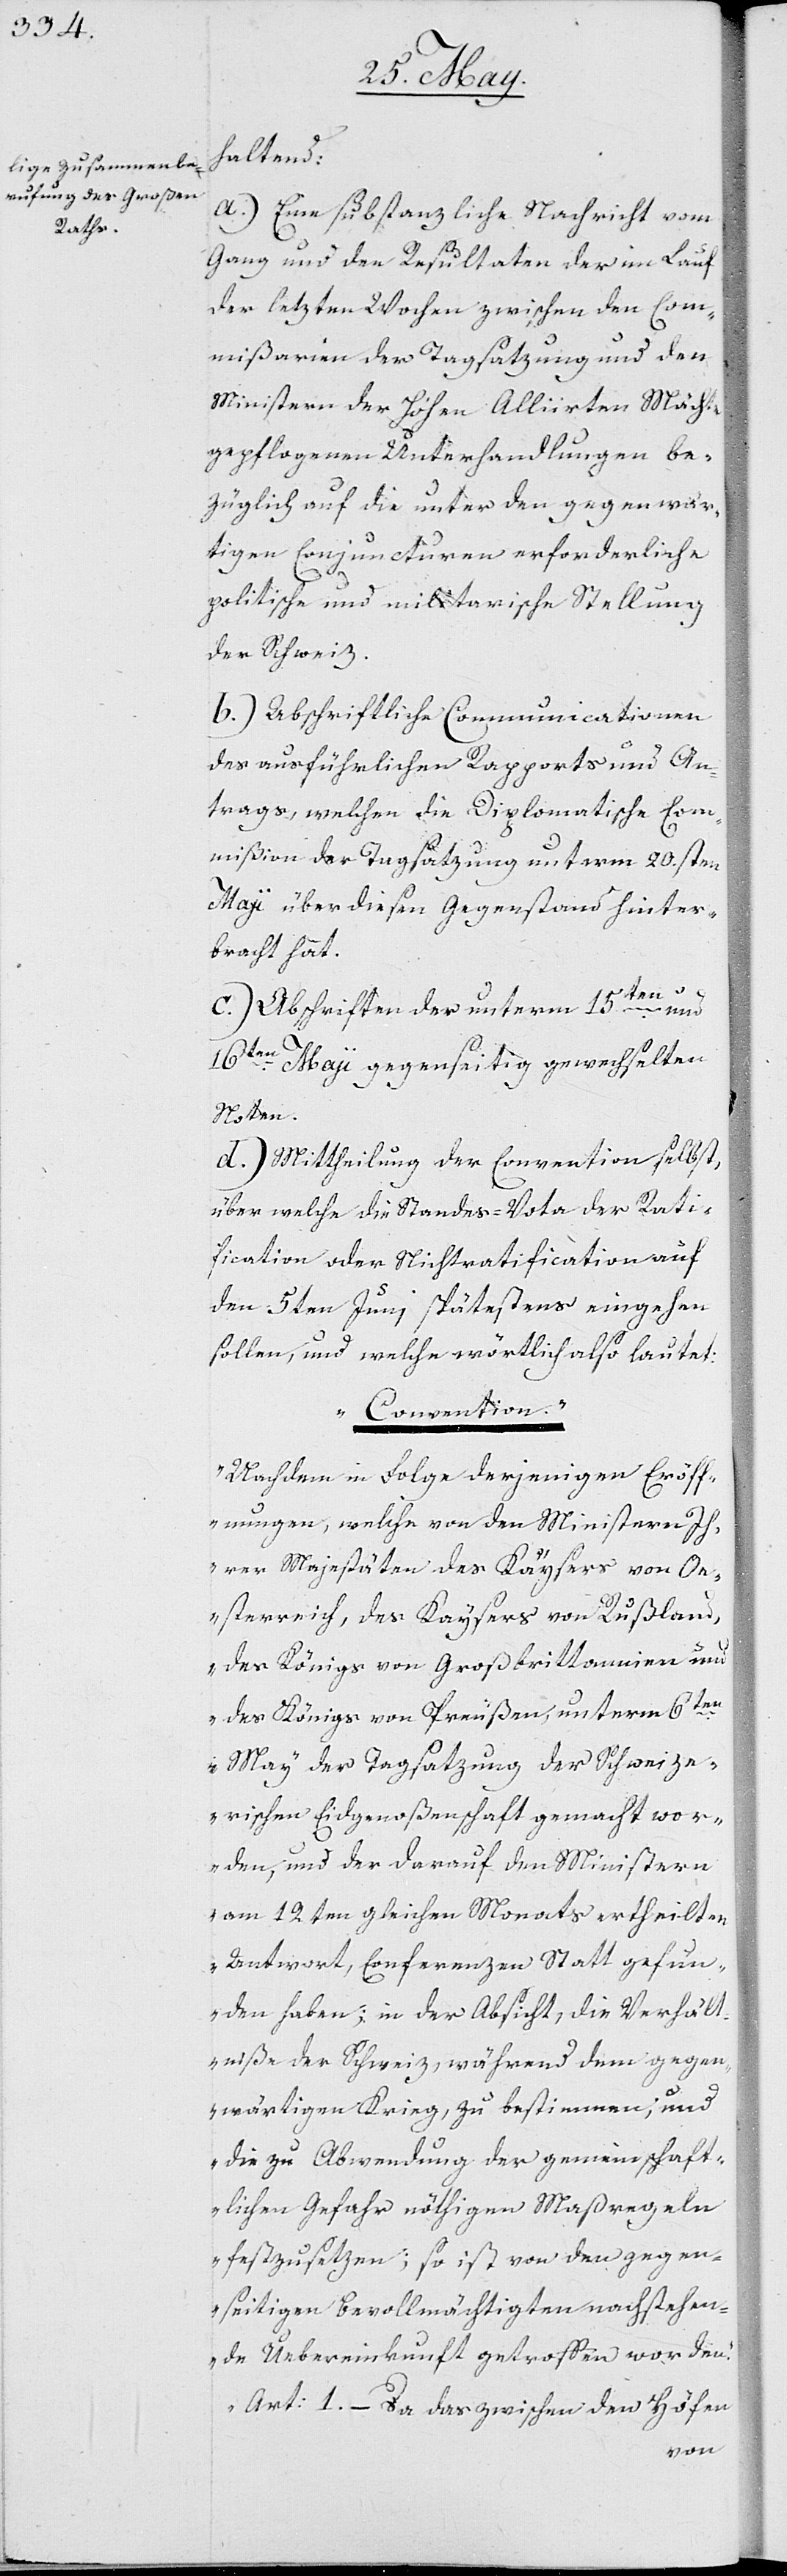
a.) Eine substanzliche Nachricht vom
Gang und den Resultaten der im Lauf
der letzten Wochen zwischen den Com¬
mißarien der Tagsatzung und den
Ministern der Hohen Alliirten Mächte
gepflogenen Unterhandlungen be¬
züglich auf die unter den gegenwär¬
tigen Conjuncturen erforderliche
politische und militarische Stellung
der Schweiz.
b.) Abschriftliche Communicationen
des ausführlichen Rapports und An¬
trags, welchen die Diplomatische Com¬
mißion der Tagsatzung unterm 20sten
Maji über diesen Gegenstand hinter¬
bracht hat.
tend:
c.) Abschriften der unterm 15ten und
16ten Maji gegenseitig gewechselten
Noten.
d.) Mittheilung der Convention selbst,
über welche die Standes-Vota der Rati¬
fication oder Nichtratification auf
den 5ten Juni spätestens eingehen
sollen, und welche wörtlich also lautet:
„Convention.“
„Nachdem in Folge derjenigen Eröff¬
nungen, welche von den Ministern Ih¬
rer Majestäten des Kaysers von Oe¬
sterreich, des Kaysers von Rußland,
des Königs von Großbritannien und
des Königs von Preußen, unterm 6ten
May der Tagsatzung der Schweize¬
rischen Eydsgenoßenschaft gemacht wor¬
den, und der darauf von Ministern
am 12ten gleichen Monats ertheilten
Antwort, Conferenzen Statt gefun¬
den haben; in der Absicht, die Verhält¬
niße der Schweiz, während dem gegen¬
wärtigen Krieg, zu bestimmen, und
die zu Abwendung der gemeinschaft¬
lichen Gefahr nöthigen Maasregeln
festzusetzen; so ist von den gegen¬
seitigen Bevollmächtigten nachstehen¬
de Übereinkunft getroffen worden.
Art. 1. – Da das zwischen den Höfen